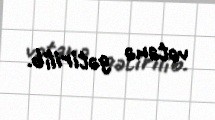
vətənə gətirilib.